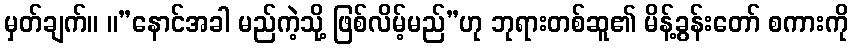
မှတ်ချက်။ ။”နောင်အခါ မည်ကဲ့သို့ ဖြစ်လိမ့်မည်”ဟု ဘုရားတစ်ဆူ၏ မိန့်ခွန်းတော် စကားကို